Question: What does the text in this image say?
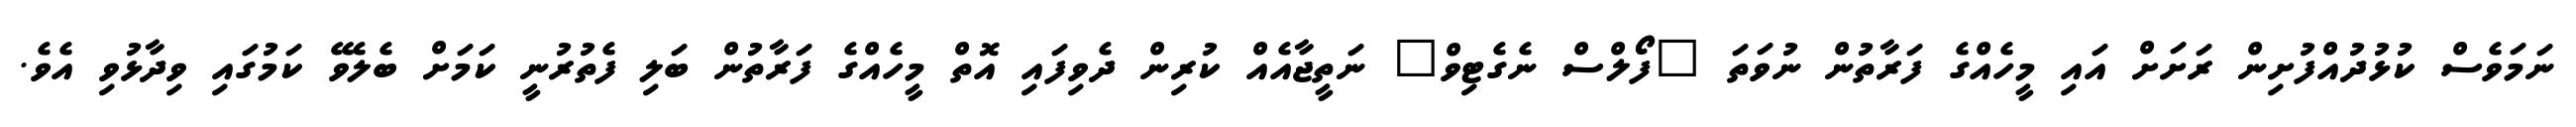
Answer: ނަމަވެސް ކުޅުދުއްފުށިން ރަށަށް އައި މީހެއްގެ ފަރާތުން ނުވަތަ "ފޯލްސް ނެގެޓިވް" ނަތީޖާއެއް ކުރިން ދެވިފައި އޮތް މީހެއްގެ ފަރާތުން ބަލި ފެތުރުނީ ކަމަށް ބެލެވޭ ކަމުގައި ވިދާޅުވި އެވެ.